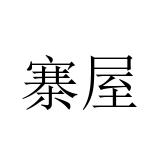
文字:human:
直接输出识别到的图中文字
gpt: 寨屋